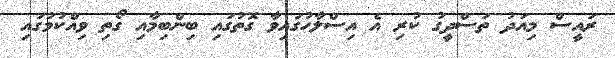
ރައީސް މިއަދު ތަސްދީގު ކުރި އެ އިސްލާހުގައިވާ ގޮތުގައި ބިންބިމާއި ގޯތި ވިއްކުމުގައި